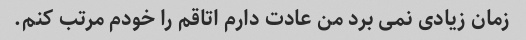
زمان زیادی نمی برد من عادت دارم اتاقم را خودم مرتب کنم.